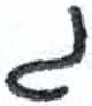
אות: ג